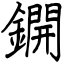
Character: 鐦